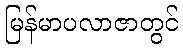
မြန်မာပလာဇာတွင်